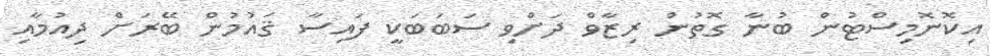
އިކޮނޮމިސްޓުން ބުނާ ގޮތުން ރިޒާވް ދަށްވި ސަބަބަކީ ފައިސާ ޤައުމުން ބޭރަށް ދިއުމާއި